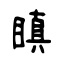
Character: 瞋